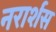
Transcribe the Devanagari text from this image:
नरार्शस